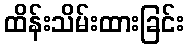
ထိန်းသိမ်းထားခြင်း